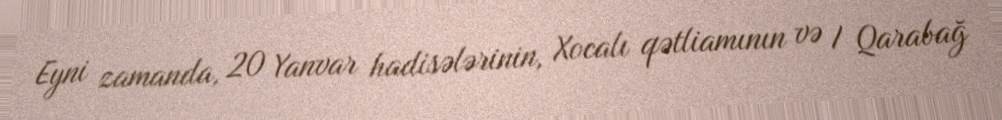
Eyni zamanda, 20 Yanvar hadisələrinin, Xocalı qətliamının və I Qarabağ